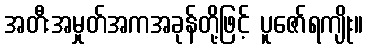
အတီးအမှုတ်အကအခုန်တို့ဖြင့် ပူဇော်ရကျိုး။